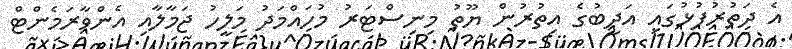
އެ ދަތުރުފުޅުގައި އަދީބުގެ އިތުރުން ޔޫތު މިނިސްޓަރު މުހައްމަދު މަލީހު ޖަމާލާއި އެންވާރަމެންޓް